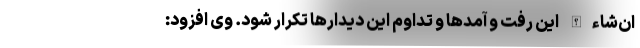
ان‌شاءالله این رفت و آمدها و تداوم‌ این دیدارها تکرار شود. وی افزود: